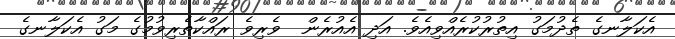
އެކަލާނގެ ތެދުމަގު އިތުރުކުރެއްވިއެވެ. އަދި އެއުރެން  ވެރިވެ ރައްކާތެރިވުމުގެ މަގު އެކަލާނގެ